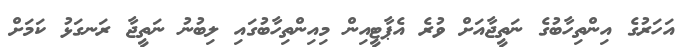
އަހަރުގެ އިންތިހާބުގެ ނަތީޖާއަށް ވުރެ އެޕާޓީއިން މިއިންތިހާބުގައި ލިބުނު ނަތީޖާ ރަނގަޅު ކަމަށް